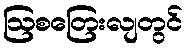
ဩစတြေးလျတွင်